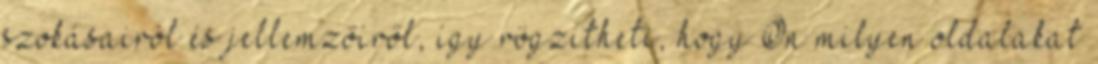
szokásairól és jellemzőiről, így rögzítheti, hogy Ön milyen oldalakat